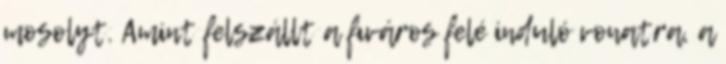
mosolyt. Amint felszállt a fıváros felé induló vonatra, a